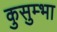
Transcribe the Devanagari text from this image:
कुसुम्भा